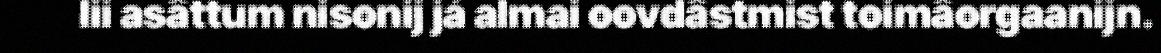
lii asâttum nisonij já almai oovdâstmist toimâorgaanijn.